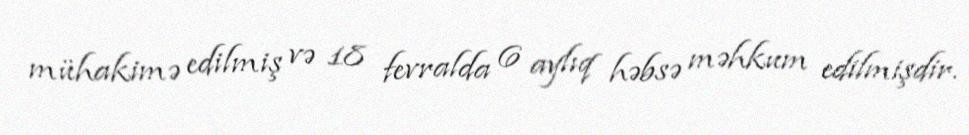
mühakimə edilmiş və 18 fevralda 6 aylıq həbsə məhkum edilmişdir.